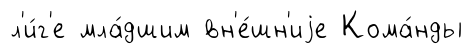
л'и́г'е мла́дшим вн'е́шн'иjе Кома́нды